Civil Veterinary Department Bihar reports 1940-50 - 1940-1950
Year: 1940
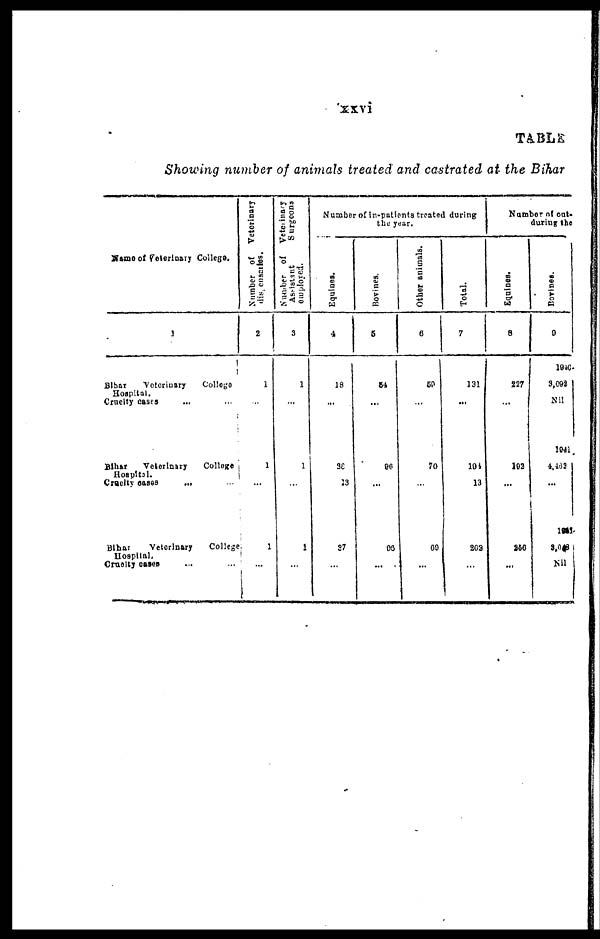
xxvi
TABLE
Showing number of animals treated and castrated at the Bihar
Name of Veterinary College.
1
Bihar
Veterinary
College
Hospital.
Cruelty cases ... ...
Bihar
Veterinary
College
Hospital.
Cruelty oases
...
Bihar
Veterinary
College
Hospital.
Cruelty cases ... ...
Number of Veterinary
2
1
...
1
...
...
1
...
Number of Veterinary
Assistant
Surgeons
employed.
3
1
...
1
...
...
1
...
Number of in-patients treated during
the year.
Equines.
4
18
...
38
13
87
...
Bovines.
5
84
...
90
...
...
69
...
Other animals.
6
59
...
70
...
...
69
...
Total.
7
131
...
101
13
202
...
Number of out-
during the
Equines.
8
227
...
102
...
...
266
...
Bovines.
9
1940-
3,092
Nil
1941
4.463
...
...
1941-
3,048
Nil